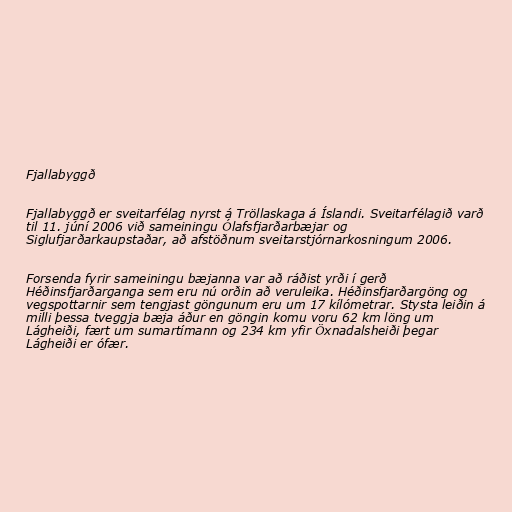
Fjallabyggð

Fjallabyggð er sveitarfélag nyrst á Tröllaskaga á Íslandi. Sveitarfélagið varð
til 11. júní 2006 við sameiningu Ólafsfjarðarbæjar og
Siglufjarðarkaupstaðar, að afstöðnum sveitarstjórnarkosningum 2006.

Forsenda fyrir sameiningu bæjanna var að ráðist yrði í gerð
Héðinsfjarðarganga sem eru nú orðin að veruleika. Héðinsfjarðargöng og
vegspottarnir sem tengjast göngunum eru um 17 kílómetrar. Stysta leiðin á
milli þessa tveggja bæja áður en göngin komu voru 62 km löng um
Lágheiði, fært um sumartímann og 234 km yfir Öxnadalsheiði þegar
Lágheiði er ófær.